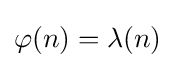
\varphi (n)=\lambda (n)